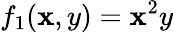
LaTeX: f_{1}(\mathbf{x},y)=\mathbf{x}^{2}y